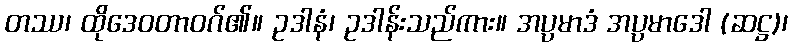
တဿ၊ ထိုဒေဝတာဝဂ်၏။ ဥဒါနံ၊ ဥဒါန်းသည်ကား။ အပ္ပမာဒံ အပ္ပမာဒေါ (ဆဋ္ဌ)၊